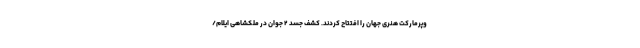
وپرمارکت هنری جهان را افتتاح کردند. کشف جسد ۲ جوان در ملکشاهی ایلام/